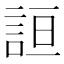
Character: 𰴮